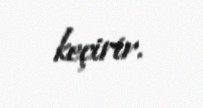
keçirir.